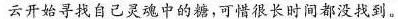
云开始寻找自己灵魂中的糖，可惜很长时间都没找到。